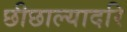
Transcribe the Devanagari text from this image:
छीछाल्यादरि